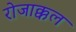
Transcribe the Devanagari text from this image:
रोजाक्कल